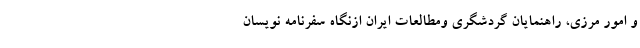
و امور مرزی، راهنمایان گردشگری ومطالعات ایران ازنگاه سفرنامه نویسان